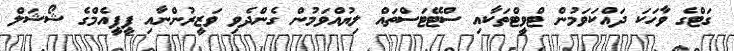
ގަޓްގެ ވާހަކަ ދައްކަވަމުން ޓްވީޓްތަކާއި ސްޓޭޓަސްތައް ލިޔުއްވަމުން ގެންދެވި ވަޒީރުންނާއި ޕީޕީއެމްގެ ޝޯޝަލް